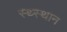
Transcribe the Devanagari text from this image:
स्‍थ्‍स्थान